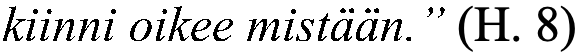
kiinni oikee mistään.” (H. 8)